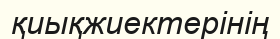
қиықжиектерінің